Annual report of the Imperial Bacteriologist
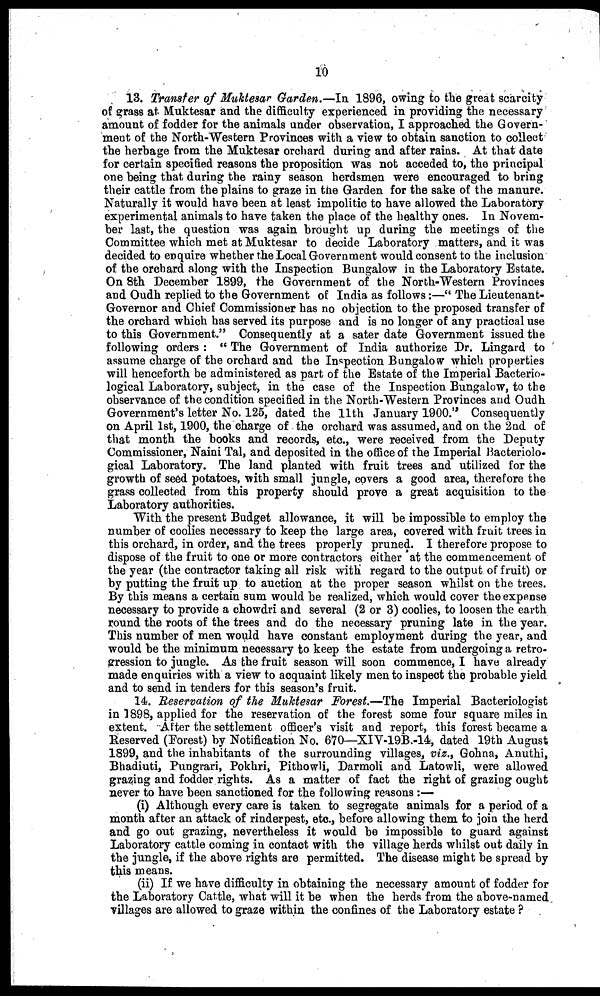
10
13. Transfer of Muktesar Garden.—In 1896, owing to the great scarcity
of grass at Muktesar and the difficulty experienced in providing the necessary
amount of fodder for the animals under observation, I approached the Govern-
ment of the North-Western Provinces with a view to obtain sanction to collect
the herbage from the Muktesar orchard during and after rains. At that date
for certain specified reasons the proposition was not acceded to, the principal
one being that during the rainy season herdsmen were encouraged to bring
their cattle from the plains to graze in the Garden for the sake of the manure.
Naturally it would have been at least impolitic to have allowed the Laboratory
experimental animals to have taken the place of the healthy ones. In Novem-
ber last, the question was again brought up during the meetings of the
Committee which met at Muktesar to decide Laboratory matters, and it was
decided to enquire whether the Local Government would consent to the inclusion
of the orchard along with the Inspection Bungalow in the Laboratory Estate.
On 8th December 1899, the Government of the North-Western Provinces
and Oudh replied to the Government of India as follows :—"The Lieutenant-
Governor and Chief Commissioner has no objection to the proposed transfer of
the orchard which has served its purpose and is no longer of any practical use
to this Government." Consequently at a sater date Government issued the
following orders : " The Government of India authorize Dr. Lingard to
assume charge of the orchard and the Inspection Bungalow which properties
will henceforth be administered as part of the Estate of the Imperial Bacterio-
logical Laboratory, subject, in the case of the Inspection Bungalow, to the
observance of the condition specified in the North-Western Provinces and Oudh
Government's letter No. 125, dated the 11th January 1900." Consequently
on April 1st, 1900, the charge of the orchard was assumed, and on the 2nd of
that month the books and records, etc., were received from the Deputy
Commissioner, Naini Tal, and deposited in the office of the Imperial Bacteriolo-
gical Laboratory. The land planted with fruit trees and utilized for the
growth of seed potatoes, with small jungle, covers a good area, therefore the
grass collected from this property should prove a great acquisition to the
Laboratory authorities.
With the present Budget allowance, it will be impossible to employ the
number of coolies necessary to keep the large area, covered with fruit trees in
this orchard, in order, and the trees properly pruned. I therefore propose to
dispose of the fruit to one or more contractors either 'at the commencement of
the year (the contractor taking all risk with regard to the output of fruit) or
by putting the fruit up to auction at the proper season whilst on the trees.
By this means a certain sum would be realized, which would cover the expense
necessary to provide a chowdri and several (2 or 3) coolies, to loosen the earth
round the roots of the trees and do the necessary pruning late in the year.
This number of men would have constant employment during the year, and
would be the minimum necessary to keep the estate from undergoing a retro-
gression to jungle. As the fruit season will soon commence, I have already
made enquiries with a view to acquaint likely men to inspect the probable yield
and to send in tenders for this season's fruit.
14. Reservation of the Muktesar Forest.—The Imperial Bacteriologist
in 1898, applied for the reservation of the forest some four square miles in
extent. After the settlement officer's visit and report, this forest became a
Reserved (Forest) by Notification No. 670—XIV-19B.-14, dated 19th August.
1899, and the inhabitants of the surrounding villages, viz., Gohna, Anuthi,
Bhadiuti, Pungrari, Pokhri, Pithowli, Darmoli and Latowli, were allowed
grazing and fodder rights. As a matter of fact the right of grazing ought
never to have been sanctioned for the following reasons :—
(i) Although every care is taken to segregate animals for a period of a
month after an attack of rinderpest, etc., before allowing them to join the herd
and go out grazing, nevertheless it would be impossible to guard against
Laboratory cattle coming in contact with the village herds whilst out daily in
the jungle, if the above rights are permitted. The disease might be spread by
this means.
(ii) If we have difficulty in obtaining the necessary amount of fodder for
the Laboratory Cattle, what will it be when the herds from the above-named
villages are allowed to graze within the confines of the Laboratory estate ?